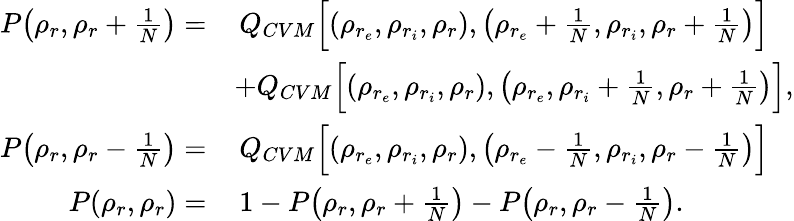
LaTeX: \begin{array}{rl}{P\big(\rho_{r},\rho_{r}+\frac{1}{N}\big)=}&{\, Q_{CVM}\Big[(\rho_{r_{e}},\rho_{r_{i}},\rho_{r}),\big(\rho_{r_{e}}+\frac{1}{N},\rho_{r_{i}},\rho_{r}+\frac{1}{N}\big)\Big]}\\ &{+Q_{CVM}\Big[(\rho_{r_{e}},\rho_{r_{i}},\rho_{r}),\big(\rho_{r_{e}},\rho_{r_{i}}+\frac{1}{N},\rho_{r}+\frac{1}{N}\big)\Big],}\\ {P\big(\rho_{r},\rho_{r}-\frac{1}{N}\big)=}&{\, Q_{CVM}\Big[(\rho_{r_{e}},\rho_{r_{i}},\rho_{r}),\big(\rho_{r_{e}}-\frac{1}{N},\rho_{r_{i}},\rho_{r}-\frac{1}{N}\big)\Big]}\\ {P(\rho_{r},\rho_{r})=}&{\, 1-P\big(\rho_{r},\rho_{r}+\frac{1}{N}\big)-P\big(\rho_{r},\rho_{r}-\frac{1}{N}\big).}\end{array}